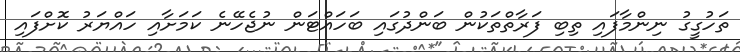
ތަހުގީގު ނިންމާފައި ތިބި ފަރާތްތަކުން ބަންދުގައި ބަހައްޓަން ނުޖެހޭނެ ކަމަށާއި ހައްޔަރު ކޮށްފައި